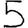
Digit: 5